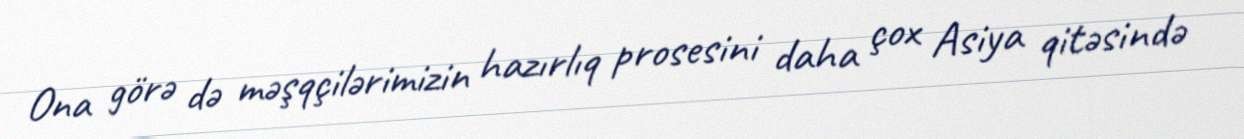
Ona görə də məşqçilərimizin hazırlıq prosesini daha çox Asiya qitəsində